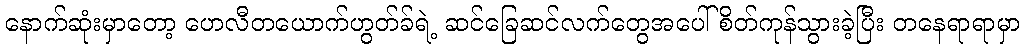
နောက်ဆုံးမှာတော့ ဟေလီတယောက်ဟွတ်ခ်ရဲ့ ဆင်ခြေဆင်လက်တွေအပေါ် စိတ်ကုန်သွားခဲ့ပြီး တနေရာရာမှာ